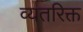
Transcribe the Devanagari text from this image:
व्यतरिक्त